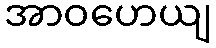
အာဝဟေယျ